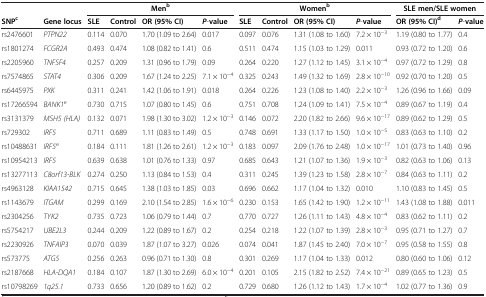
<table><thead><tr><td><b> </b></td><td><b> </b></td><td colspan="4"><b>Men<sup>b</sup></b></td><td colspan="4"><b>Women<sup>b</sup></b></td><td colspan="2"><b>SLE men/SLE women</b></td></tr><tr><td><b>SNP<sup>c</sup></b></td><td><b>Gene locus</b></td><td><b>SLE</b></td><td><b>Control</b></td><td><b>OR (95% CI)</b></td><td><b><i>P</i>-value</b></td><td><b>SLE</b></td><td><b>Control</b></td><td><b>OR (95% CI)</b></td><td><b><i>P</i>-value</b></td><td><b>OR (95% CI)<sup>d</sup></b></td><td><b><i>P</i>-value</b></td></tr></thead><tbody><tr><td>rs2476601</td><td><i>PTPN22</i></td><td>0.114</td><td>0.070</td><td>1.70 (1.09 to 2.64)</td><td>0.017</td><td>0.097</td><td>0.076</td><td>1.31 (1.08 to 1.60)</td><td>7.2 × 10<sup>−3</sup></td><td>1.19 (0.80 to 1.77)</td><td>0.4</td></tr><tr><td>rs1801274</td><td><i>FCGR2A</i></td><td>0.493</td><td>0.474</td><td>1.08 (0.82 to 1.41)</td><td>0.6</td><td>0.511</td><td>0.474</td><td>1.15 (1.03 to 1.29)</td><td>0.011</td><td>0.93 (0.72 to 1.20)</td><td>0.6</td></tr><tr><td>rs2205960</td><td><i>TNFSF4</i></td><td>0.257</td><td>0.209</td><td>1.31 (0.96 to 1.79)</td><td>0.09</td><td>0.264</td><td>0.220</td><td>1.27 (1.12 to 1.45)</td><td>3.1 × 10<sup>−4</sup></td><td>0.97 (0.72 to 1.29)</td><td>0.8</td></tr><tr><td>rs7574865</td><td><i>STAT4</i></td><td>0.306</td><td>0.209</td><td>1.67 (1.24 to 2.25)</td><td>7.1 × 10<sup>−4</sup></td><td>0.325</td><td>0.243</td><td>1.49 (1.32 to 1.69)</td><td>2.8 × 10<sup>−10</sup></td><td>0.92 (0.70 to 1.20)</td><td>0.5</td></tr><tr><td>rs6445975</td><td><i>PXK</i></td><td>0.311</td><td>0.241</td><td>1.42 (1.06 to 1.91)</td><td>0.018</td><td>0.264</td><td>0.226</td><td>1.23 (1.08 to 1.40)</td><td>2.2 × 10<sup>−3</sup></td><td>1.26 (0.96 to 1.66)</td><td>0.09</td></tr><tr><td>rs17266594</td><td><i>BANK1</i><sup>e</sup></td><td>0.730</td><td>0.715</td><td>1.07 (0.80 to 1.45)</td><td>0.6</td><td>0.751</td><td>0.708</td><td>1.24 (1.09 to 1.41)</td><td>7.5 × 10<sup>−4</sup></td><td>0.89 (0.67 to 1.19)</td><td>0.4</td></tr><tr><td>rs3131379</td><td><i>MSH5 (HLA)</i></td><td>0.132</td><td>0.071</td><td>1.98 (1.30 to 3.02)</td><td>1.2 × 10<sup>−3</sup></td><td>0.146</td><td>0.072</td><td>2.20 (1.82 to 2.66)</td><td>9.6 × 10<sup>−17</sup></td><td>0.89 (0.62 to 1.29)</td><td>0.5</td></tr><tr><td>rs729302</td><td><i>IRF5</i></td><td>0.711</td><td>0.689</td><td>1.11 (0.83 to 1.49)</td><td>0.5</td><td>0.748</td><td>0.691</td><td>1.33 (1.17 to 1.50)</td><td>1.0 × 10<sup>−5</sup></td><td>0.83 (0.63 to 1.10)</td><td>0.2</td></tr><tr><td>rs10488631</td><td><i>IRF5</i><sup>e</sup></td><td>0.184</td><td>0.111</td><td>1.81 (1.26 to 2.61)</td><td>1.2 × 10<sup>−3</sup></td><td>0.183</td><td>0.097</td><td>2.09 (1.76 to 2.48)</td><td>1.0 × 10<sup>−17</sup></td><td>1.01 (0.73 to 1.40)</td><td>0.96</td></tr><tr><td>rs10954213</td><td><i>IRF5</i></td><td>0.639</td><td>0.638</td><td>1.01 (0.76 to 1.33)</td><td>0.97</td><td>0.685</td><td>0.643</td><td>1.21 (1.07 to 1.36)</td><td>1.9 × 10<sup>−3</sup></td><td>0.82 (0.63 to 1.06)</td><td>0.13</td></tr><tr><td>rs13277113</td><td><i>C8orf13-BLK</i></td><td>0.274</td><td>0.250</td><td>1.13 (0.84 to 1.53)</td><td>0.4</td><td>0.311</td><td>0.245</td><td>1.39 (1.23 to 1.58)</td><td>2.8 × 10<sup>−7</sup></td><td>0.84 (0.63 to 1.11)</td><td>0.2</td></tr><tr><td>rs4963128</td><td><i>KIAA1542</i></td><td>0.715</td><td>0.645</td><td>1.38 (1.03 to 1.85)</td><td>0.03</td><td>0.696</td><td>0.662</td><td>1.17 (1.04 to 1.32)</td><td>0.010</td><td>1.10 (0.83 to 1.45)</td><td>0.5</td></tr><tr><td>rs1143679</td><td><i>ITGAM</i></td><td>0.299</td><td>0.169</td><td>2.10 (1.54 to 2.85)</td><td>1.6 × 10<sup>−6</sup></td><td>0.230</td><td>0.153</td><td>1.65 (1.42 to 1.90)</td><td>1.2 × 10<sup>−11</sup></td><td>1.43 (1.08 to 1.88)</td><td>0.011</td></tr><tr><td>rs2304256</td><td><i>TYK2</i></td><td>0.735</td><td>0.723</td><td>1.06 (0.79 to 1.44)</td><td>0.7</td><td>0.770</td><td>0.727</td><td>1.26 (1.11 to 1.43)</td><td>4.8 × 10<sup>−4</sup></td><td>0.83 (0.62 to 1.11)</td><td>0.2</td></tr><tr><td>rs5754217</td><td><i>UBE2L3</i></td><td>0.244</td><td>0.209</td><td>1.22 (0.89 to 1.67)</td><td>0.2</td><td>0.254</td><td>0.218</td><td>1.22 (1.07 to 1.39)</td><td>2.8 × 10<sup>−3</sup></td><td>0.95 (0.71 to 1.27)</td><td>0.7</td></tr><tr><td>rs2230926</td><td><i>TNFAIP3</i></td><td>0.070</td><td>0.039</td><td>1.87 (1.07 to 3.27)</td><td>0.026</td><td>0.074</td><td>0.041</td><td>1.87 (1.45 to 2.40)</td><td>7.0 × 10<sup>−7</sup></td><td>0.95 (0.58 to 1.55)</td><td>0.8</td></tr><tr><td>rs573775</td><td><i>ATG5</i></td><td>0.256</td><td>0.263</td><td>0.96 (0.71 to 1.30)</td><td>0.8</td><td>0.301</td><td>0.269</td><td>1.17 (1.04 to 1.33)</td><td>0.012</td><td>0.80 (0.60 to 1.06)</td><td>0.12</td></tr><tr><td>rs2187668</td><td><i>HLA-DQA1</i></td><td>0.184</td><td>0.107</td><td>1.87 (1.30 to 2.69)</td><td>6.0 × 10<sup>−4</sup></td><td>0.201</td><td>0.105</td><td>2.15 (1.82 to 2.52)</td><td>7.4 × 10<sup>−21</sup></td><td>0.89 (0.65 to 1.23)</td><td>0.5</td></tr><tr><td>rs10798269</td><td><i>1q25.1</i></td><td>0.733</td><td>0.656</td><td>1.20 (0.89 to 1.62)</td><td>0.2</td><td>0.729</td><td>0.680</td><td>1.26 (1.12 to 1.43)</td><td>1.7 × 10<sup>−4</sup></td><td>1.02 (0.77 to 1.36)</td><td>0.9</td></tr></tbody></table>